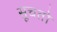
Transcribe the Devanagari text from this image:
सूचतो